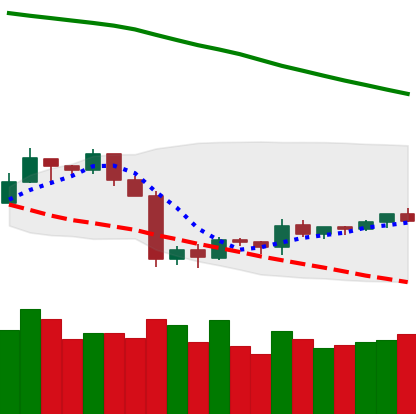
Ticker: TRX-USD
Chart end date: 2019-10-06
Forward return: 8.141%
Label: up_7plus